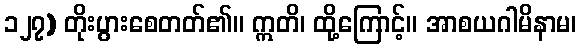
၁၂၇) တိုးပွားစေတတ်၏။ ဣတိ၊ ထို့ကြောင့်။ အာစယဂါမိနာမ၊